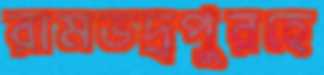
রামভদ্রপুরহে